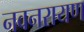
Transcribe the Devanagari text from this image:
नवनरायण